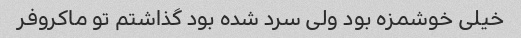
خیلی خوشمزه بود ولی سرد شده بود گذاشتم تو ماکروفر